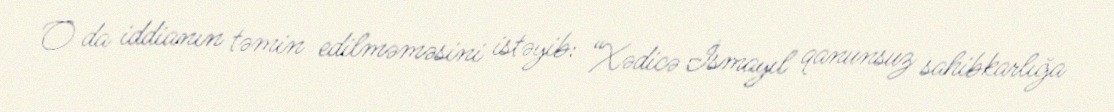
O da iddianın təmin edilməməsini istəyib: “Xədicə İsmayıl qanunsuz sahibkarlığa